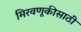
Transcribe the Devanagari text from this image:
मिरवणूकीसाठी